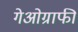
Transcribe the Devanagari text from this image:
गेओग्राफी